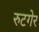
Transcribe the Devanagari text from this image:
रुटगेर